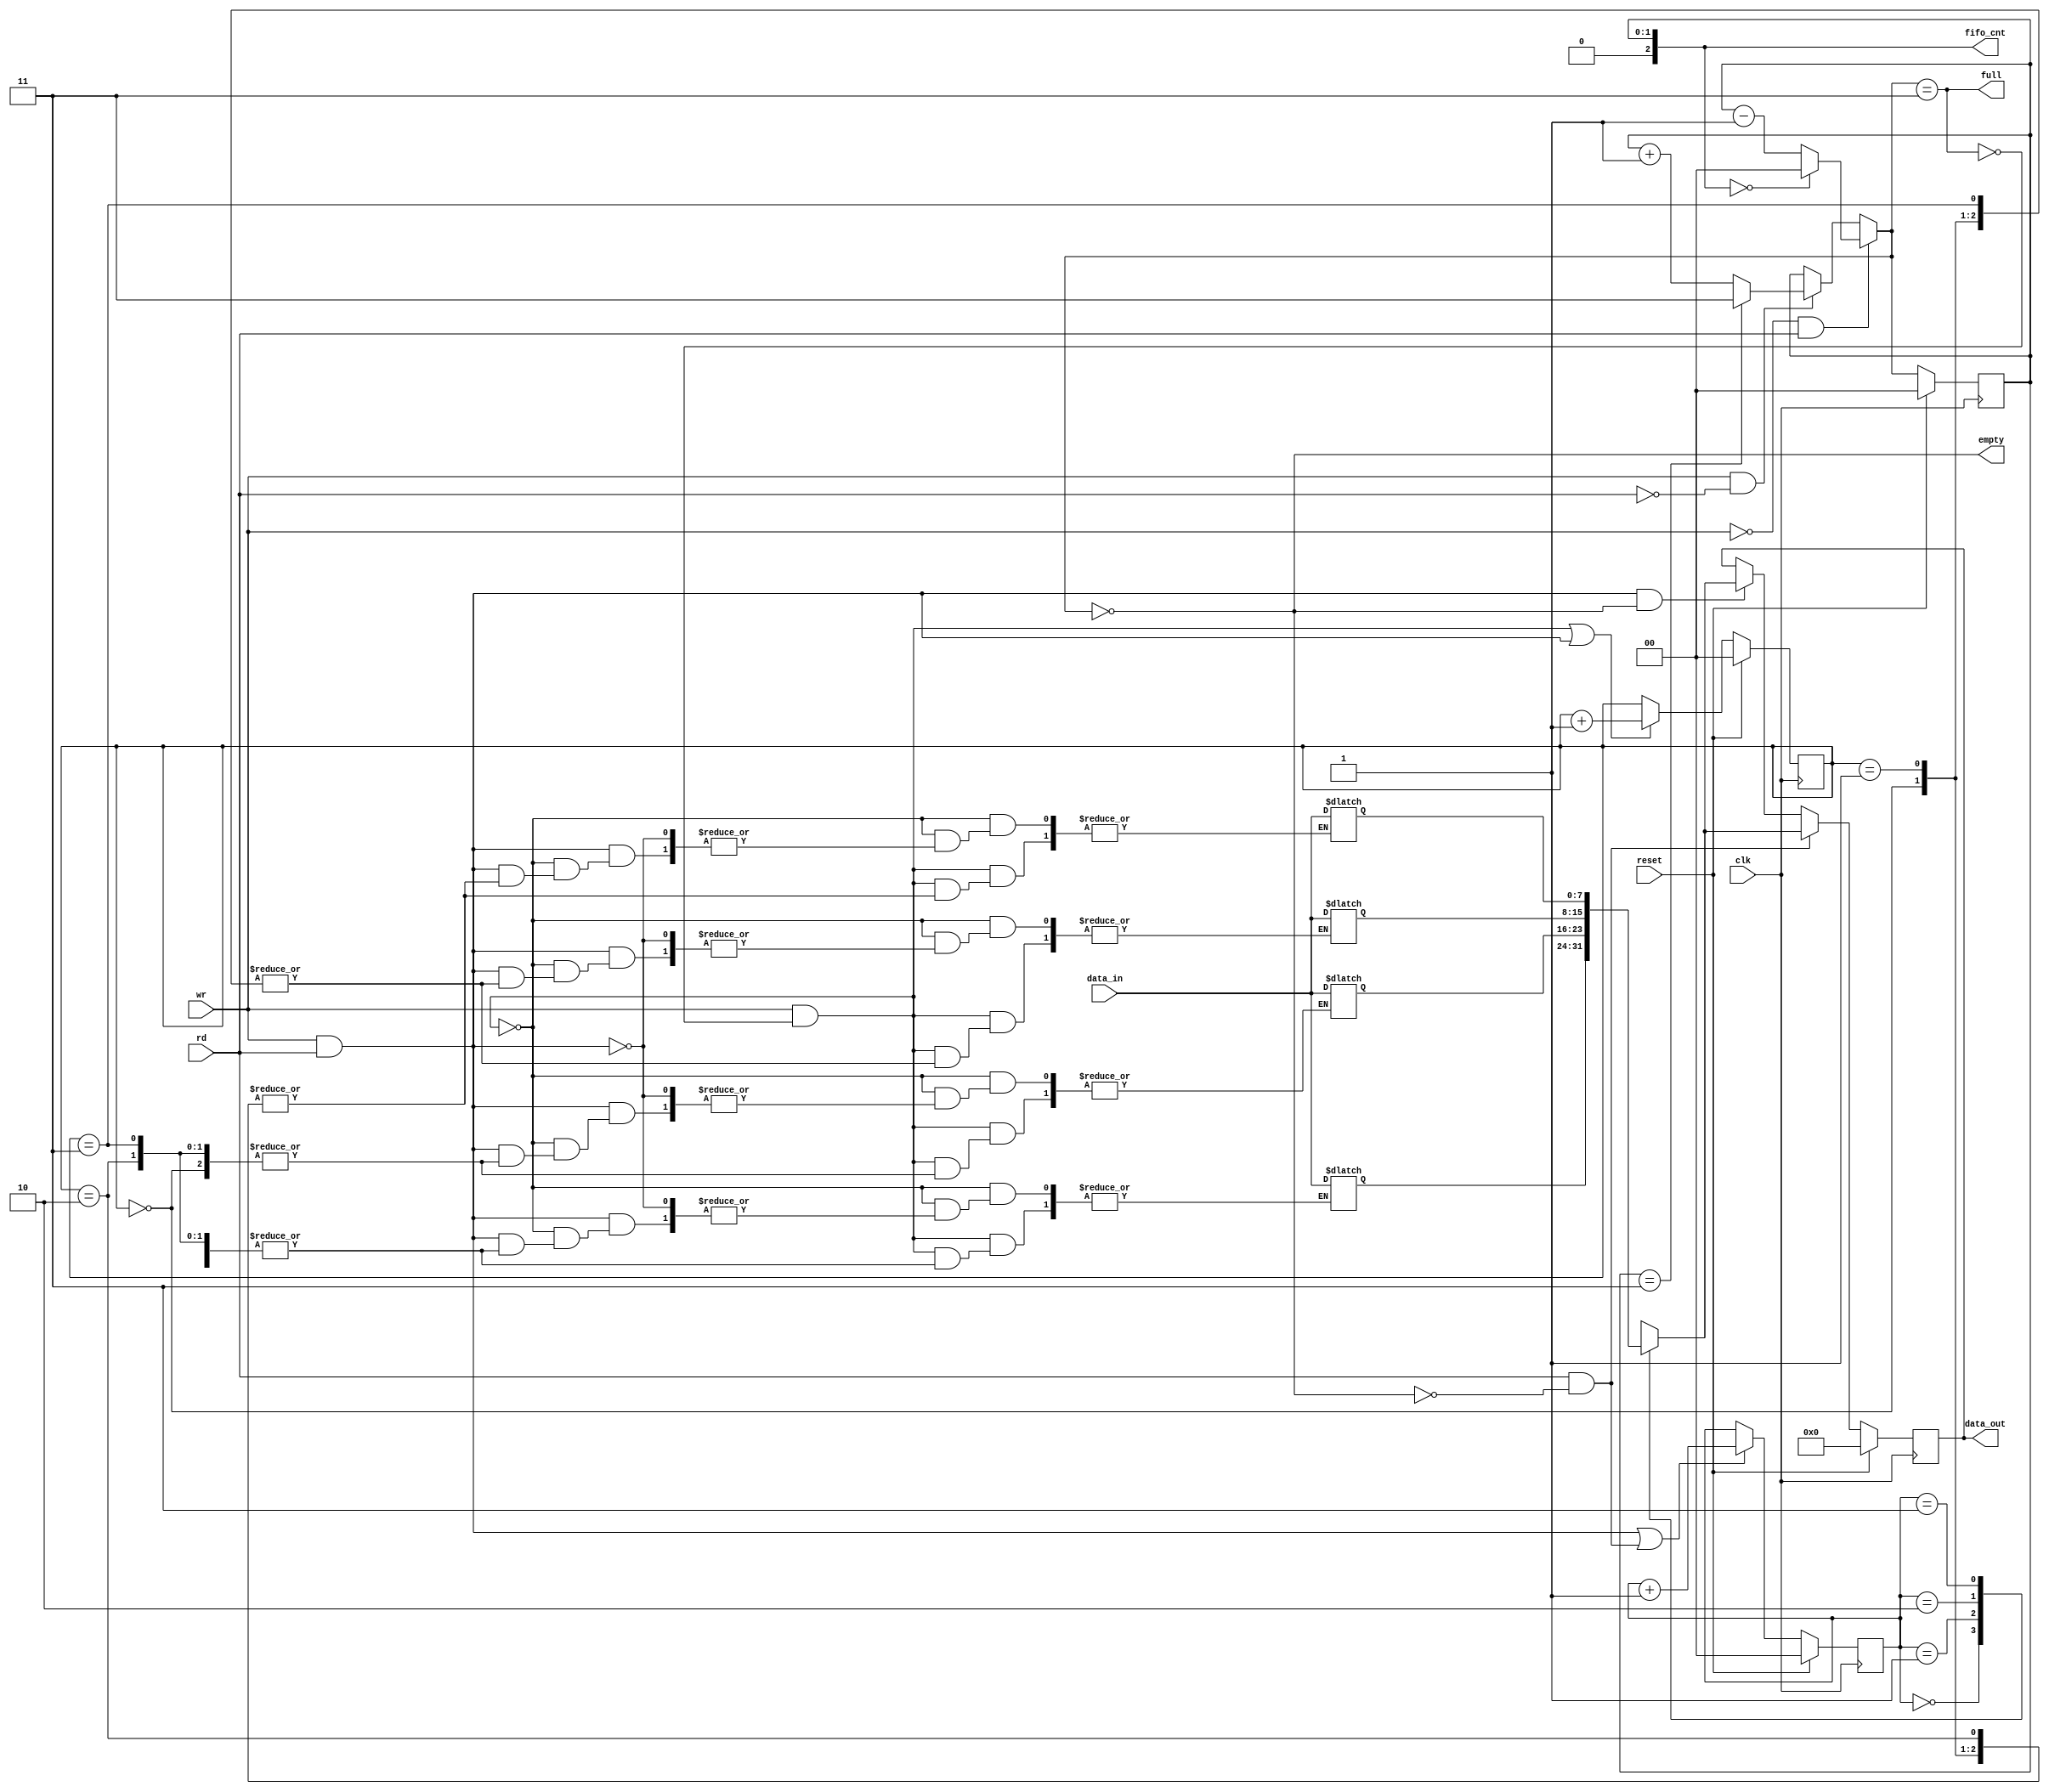
`timescale 1ns / 100ps

module FIFO
#(parameter DATA_WIDTH=8, ADDR_WIDTH=2, DEPTH=(1<<ADDR_WIDTH))
    (input [DATA_WIDTH-1:0] data_in,
     input clk, reset, rd, wr,
     output empty, full,
     output reg [ADDR_WIDTH:0] fifo_cnt = 0,
     output reg [DATA_WIDTH-1:0] data_out
    );
    
reg [DATA_WIDTH-1:0] fifo_ram [0:DEPTH-1]; //memory array
reg [ADDR_WIDTH-1:0] rd_ptr, rd_ptr_next, wr_ptr, wr_ptr_next; //pointers for read and write operations
reg [ADDR_WIDTH-1:0] fifo_cnt_next;
reg [DATA_WIDTH-1:0] data_out_next;

//register body
always @(posedge clk)
  if (reset)
    begin
      rd_ptr <= 0;
      wr_ptr <= 0;
      fifo_cnt <=0;
      data_out <=0;
    end
  else
    begin
      rd_ptr <= rd_ptr_next;
      wr_ptr <= wr_ptr_next;
      fifo_cnt <= fifo_cnt_next;
      data_out <= data_out_next;
    end


//determine memory state
assign empty = (fifo_cnt_next==0); //memory empty
assign full = (fifo_cnt_next==DEPTH-1); //memory full

always @* //writing
  begin
    if (wr && !full) fifo_ram[wr_ptr] = data_in;
    else if (wr && rd) fifo_ram[wr_ptr] = data_in;
  end

always @* //reading
  begin
    data_out_next = data_out;
    if (rd && !empty) data_out_next = fifo_ram[rd_ptr];
    else if (rd && wr && empty) data_out_next = fifo_ram[rd_ptr];
  end
  
  
always @* //pointers
  begin
    wr_ptr_next = ((wr && !full)||(wr && rd)) ? wr_ptr + 1'b1 : wr_ptr;
    rd_ptr_next = ((wr && rd)||(rd && !empty)) ? rd_ptr + 1'b1 : rd_ptr;
  end
  
always @* // counting number of words in memory
  begin
   if (!wr && rd)
     fifo_cnt_next = (fifo_cnt == 1'b0) ? 1'b0 : fifo_cnt - 1'b1;
   else if (wr && !rd)
     fifo_cnt_next = (fifo_cnt == DEPTH - 1) ? (DEPTH - 1) : fifo_cnt + 1'b1;
   else
     fifo_cnt_next = fifo_cnt;
  end   
    
endmodule